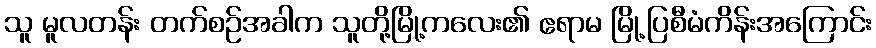
သူ မူလတန်း တက်စဉ်အခါက သူတို့မြို့ကလေး၏ ဧရာမ မြို့ပြစီမံကိန်းအကြောင်း